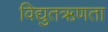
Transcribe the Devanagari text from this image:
विद्युतऋणता